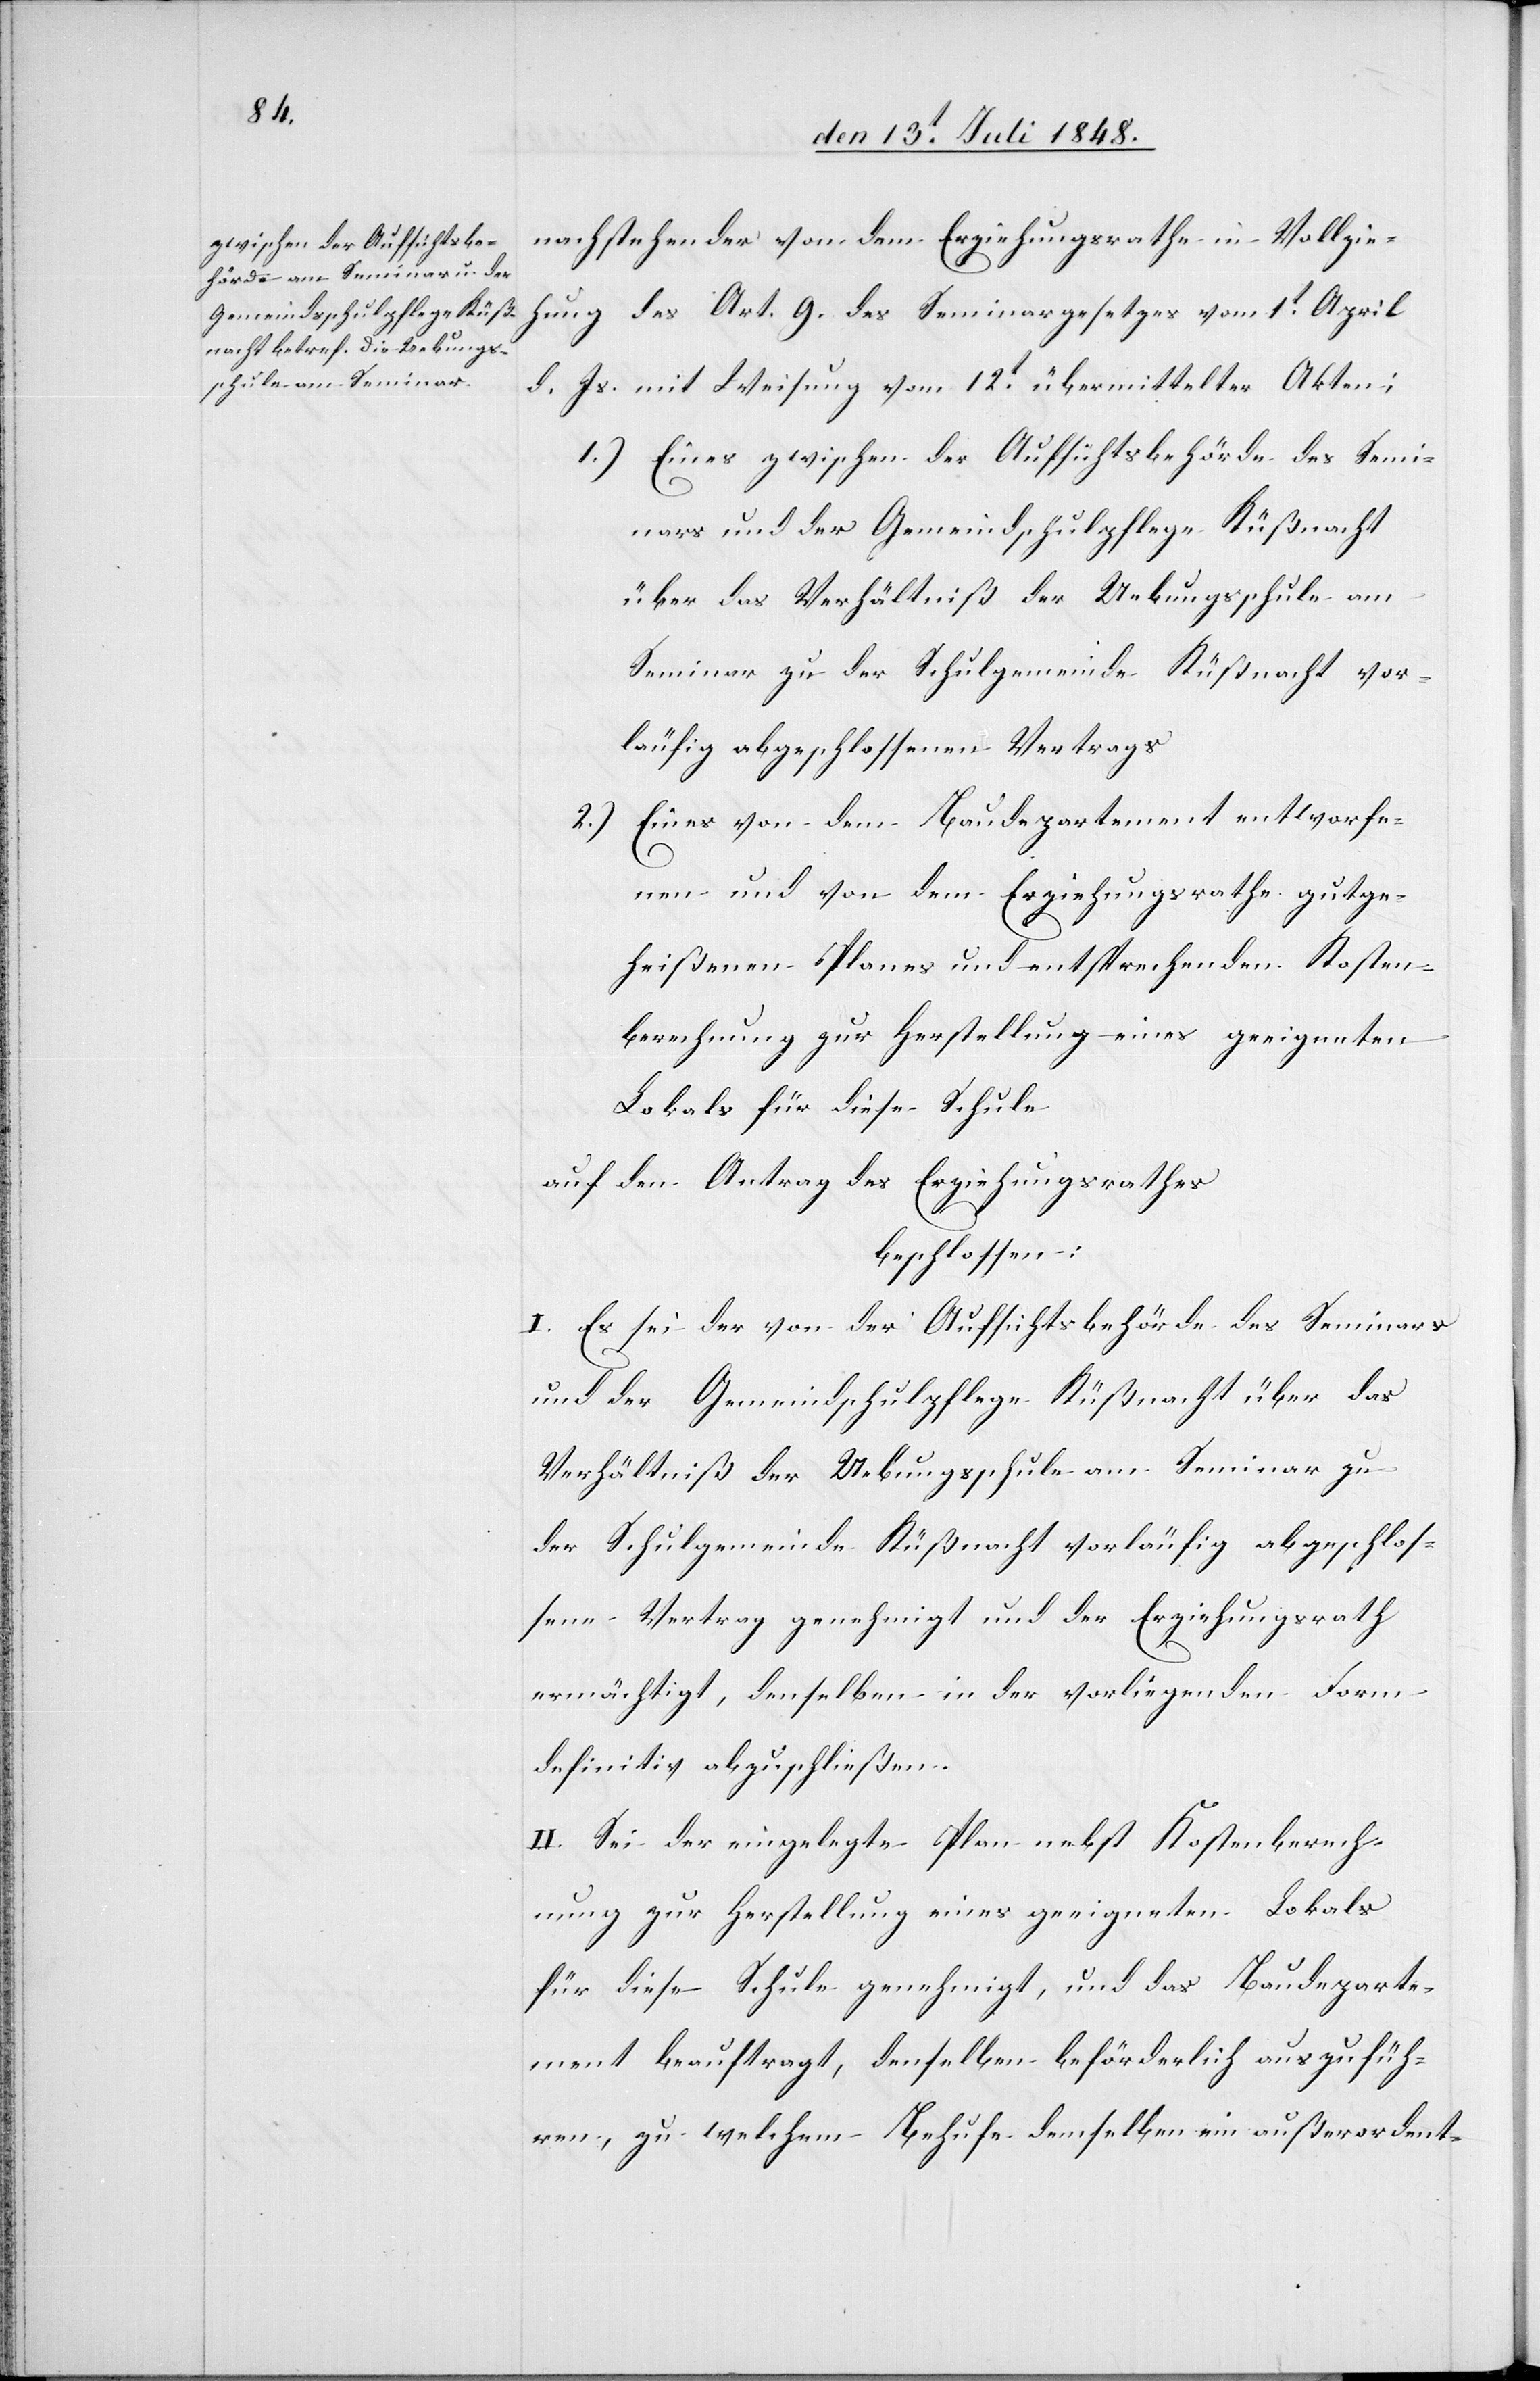
nachstehender von dem Erziehungsrathe in Vollzie¬
hung des Art. 9. des Seminargesetzes vom 1t April
Js. mit Weisung vom 12t übermittelter Akten;
d.
1.) Eines zwischen der Aufsichtsbehörde des Semi¬
nars und der Gemeindschulpflege Küßnacht
über das Verhältniß der Uebungsschule am
Seminar zu der Schulgemeinde Küßnacht vor¬
läufig abgeschlossenen Vertrags.
2.) Eines von dem Baudepartement entworfe¬
nen und von dem Erziehungsrathe gutge¬
heißenen Planes und entsprechenden Kosten¬
berechnung zur Herstellung eines geeigneten
Lokals für diese Schule.
auf den Antrag des Erziehungsrathes
beschlossen:
I. Es sei der von der Aufsichtsbehörde des Seminars
und der Gemeindschulpflege Küßnacht über das
Verhältniß der Uebungsschule am Seminar zu
der Schulgemeinde Küßnacht vorläufig abgeschlos¬
sene Vertrag genehmigt und der Erziehungsrath
ermächtigt, denselben in der vorliegenden Form
definitiv abzuschließen.
II. Sei der eingelegte Plan nebst Kostenberech¬
nung zur Herstellung eines geeigneten Lokals
für diese Schule genehmigt, und das Baudeparte¬
ment beauftragt, denselben beförderlich auszufüh¬
ren, zu welchem Behufe demselben ein außerordent-